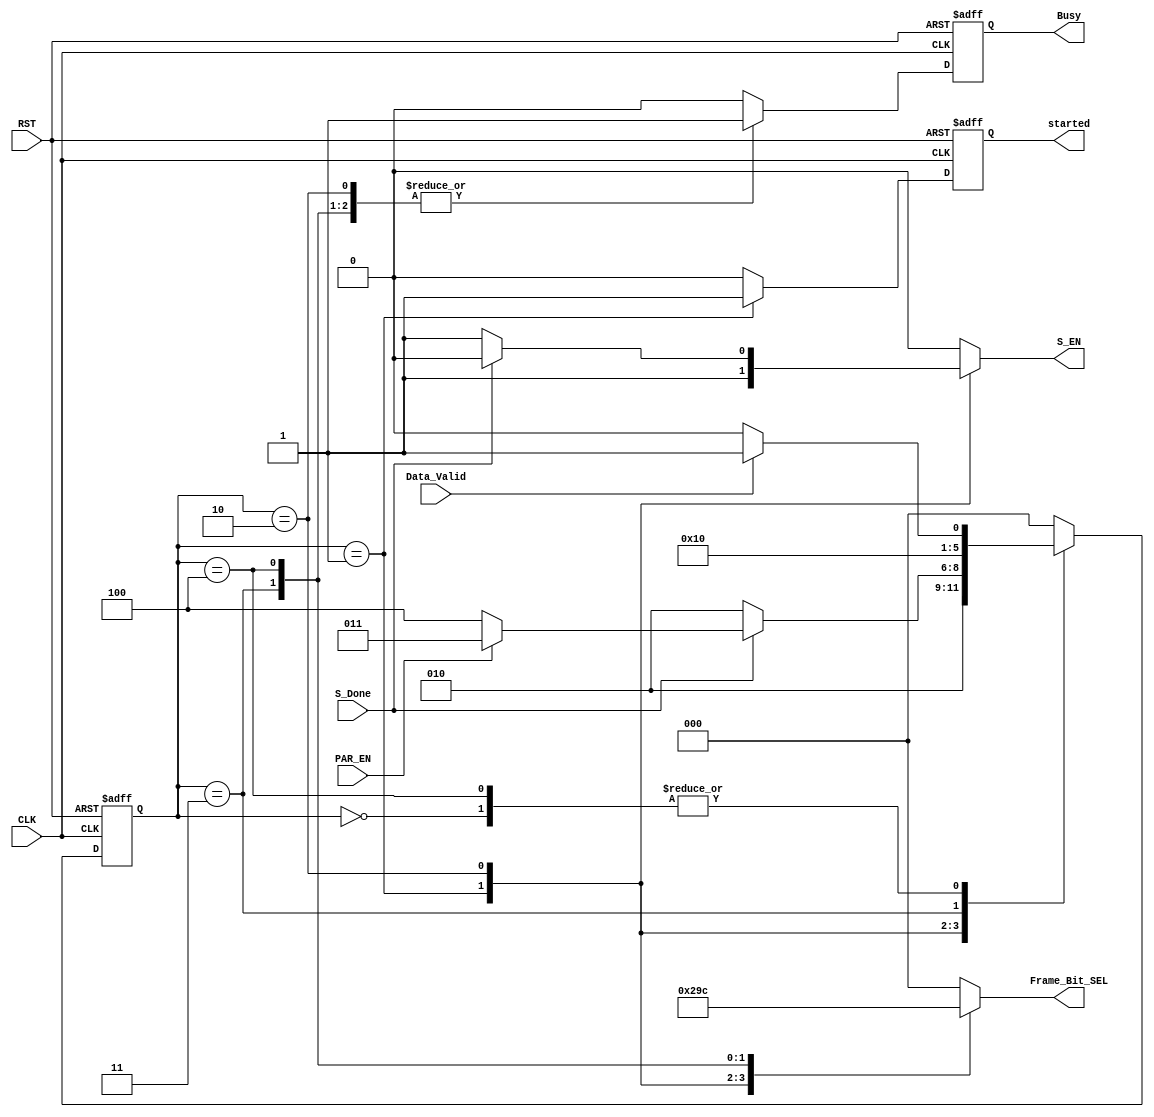
`timescale 1ns / 1ps

//////////////////////////////////////////////////////////////////////////////////
// Diploma: By Eng. Ali Mohamed Eltemsah
// Design Name: DigIC_Dip08_09_UART_TX
// Module Name: transmission_controller
// Project Name: UART_TX
//////////////////////////////////////////////////////////////////////////////////


module transmission_controller(
        input   wire                CLK, RST,
        input   wire                Data_Valid,
        input   wire                PAR_EN,
        input   wire                S_Done,
        output  reg                 S_EN,
        output  reg     [2 : 0]     Frame_Bit_SEL,
        output  wire                Busy,
        output  wire                started
    );
    
localparam  idle    = 0,
            start   = 1,
            data    = 2,
            parity  = 3,
            stop    = 4;

reg     [2 : 0]     state_reg, state_next;
reg                 busy_reg, busy_next;
reg                 started_reg, started_next;

always @(posedge CLK, negedge RST)
    begin
        if (!RST)
            busy_reg <= 1'b0;
        else
            busy_reg <= busy_next;
    end
    
always @(posedge CLK, negedge RST)
    begin
        if (!RST)
            started_reg <= 1'b0;
        else
            started_reg <= started_next;
    end
    
// state reg   
always @(posedge CLK, negedge RST)
    begin
        if (!RST)
            state_reg <= idle;
        else
            state_reg <= state_next;
    end
// next state logic    
always @(*)
    begin
        state_next = state_reg;
        case (state_reg)
            idle:
                begin
                    if (Data_Valid)
                        state_next = start;
                    else
                        state_next = idle;      
                end
            start:
                begin
                    state_next = data;
                end
            data:
                begin
                    if (S_Done)
                        begin
                            if (PAR_EN)
                                state_next = parity;
                            else
                                state_next = stop;
                        end
                    else
                        state_next = data;
                end
            parity:
                begin
                   state_next = stop;
                end
            stop:
                begin
                    if (Data_Valid)
                        state_next = start;
                    else
                        state_next = idle;
                end
            default:
                begin
                    state_next = idle;
                end
        endcase
    end
// output logic
always @(*)
    begin
        busy_next = 1'b0;
        started_next = 1'b0;
        Frame_Bit_SEL = 3'd0;
        S_EN = 1'b0;
        case (state_reg)
            idle:
                begin
                    S_EN = 1'b0;
                    Frame_Bit_SEL = 3'd0;
                    busy_next = 1'b0;     
                end
            start:
                begin
                    S_EN = 1'b1;
                    Frame_Bit_SEL = 3'd1;
                    busy_next = 1'b1;
                    started_next = 1'b1;
                end
            data:
                begin
                    S_EN = 1'b1;
                    Frame_Bit_SEL = 3'd2;
                    busy_next = 1'b1;
                    if (S_Done)
                        S_EN = 1'b0;
                    else
                        S_EN = 1'b1;
                end
            parity:
                begin
                    S_EN = 1'b0;
                    Frame_Bit_SEL = 3'd3; 
                    busy_next = 1'b1;
                end
            stop:
                begin
                    S_EN = 1'b0;
                    Frame_Bit_SEL = 3'd4;
                    busy_next = 1'b1;
                end
            default:
                begin
                    S_EN = 1'b0;
                    Frame_Bit_SEL = 3'd0;
                    busy_next = 1'b0;
                    started_next = 1'b0;
                end
        endcase
    end
assign Busy = busy_reg;
assign started = started_reg;
endmodule